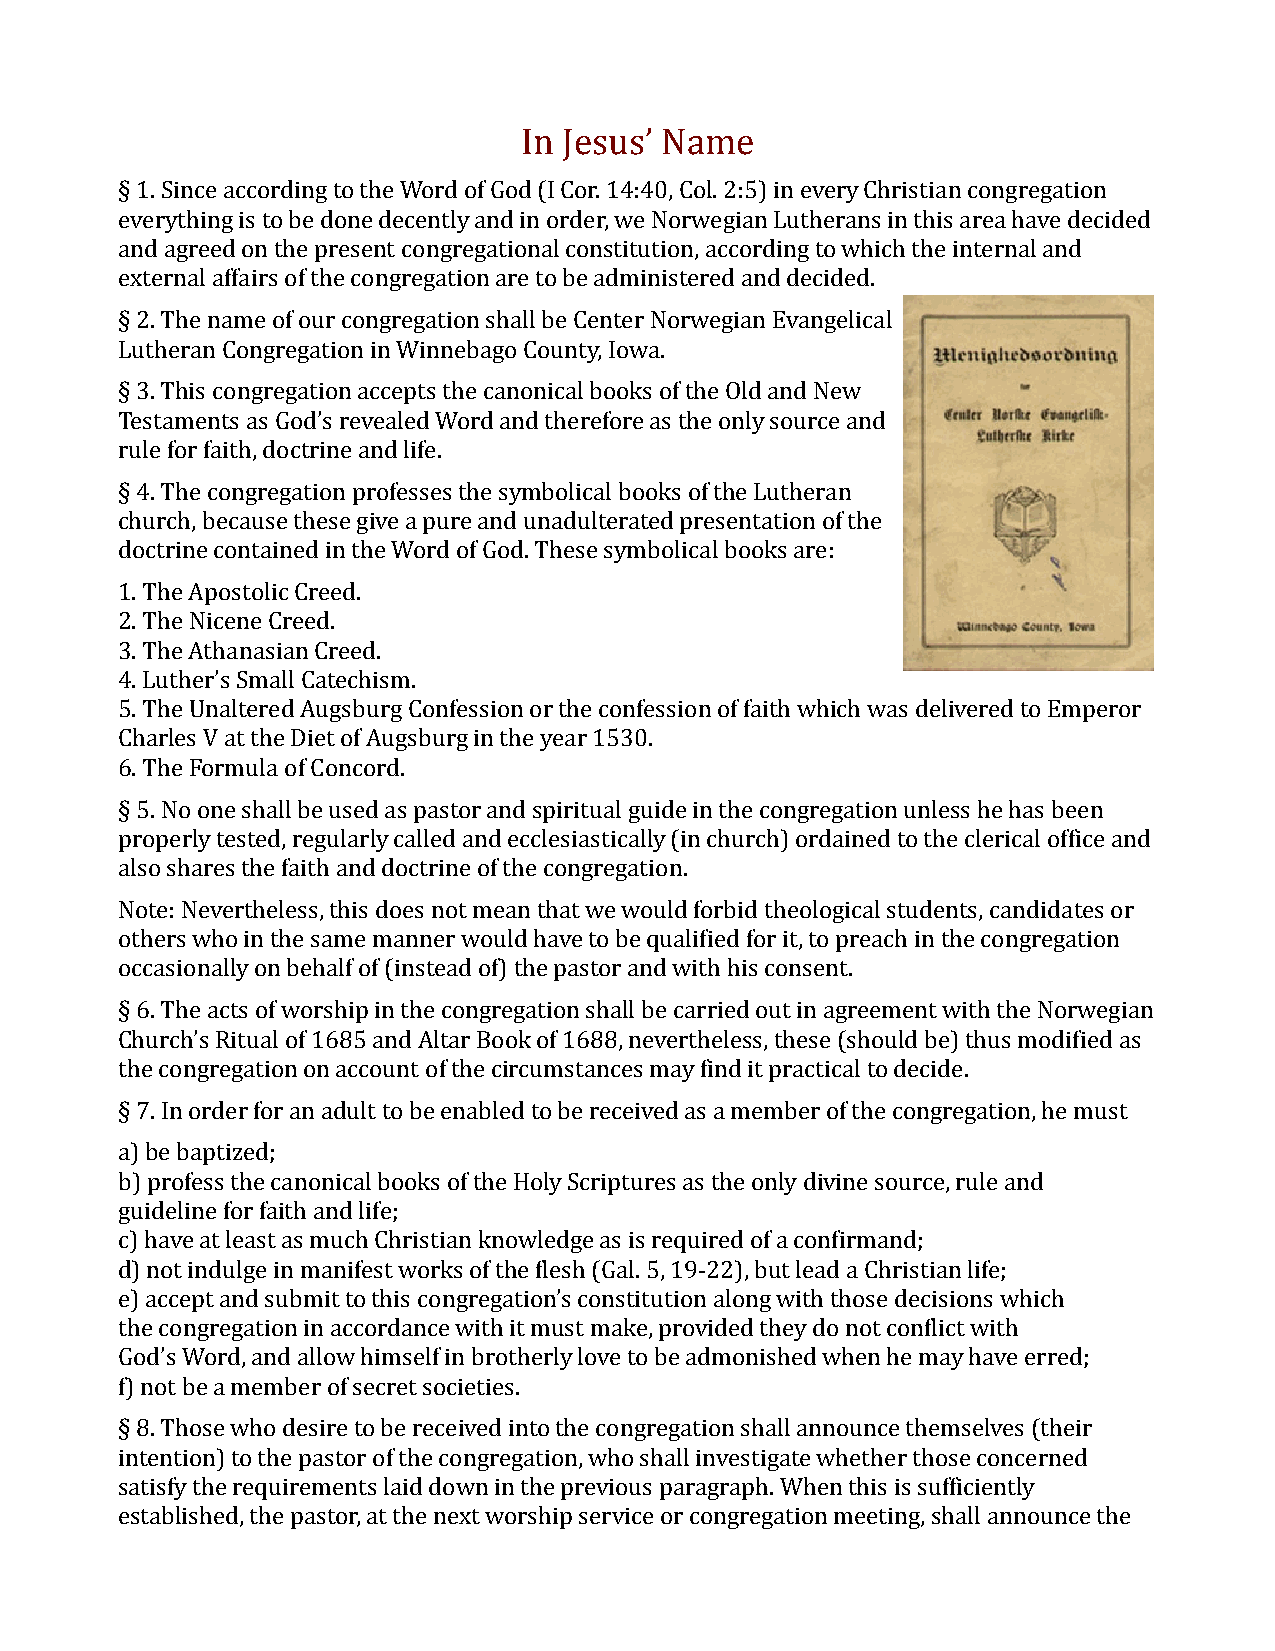
In Jesus’ Name
 § 1. Since according to the Word of God (I Cor. 14:40, Col. 2:5) in every Christian congregation
 everything is to be done decently and in order, we Norwegian Lutherans in this area have decided
 and agreed on the present congregational constitution, according to which the internal and
 external affairs of the congregation are to be administered and decided.
 § 2. The name of our congregation shall be Center Norwegian Evangelical
 Lutheran Congregation in Winnebago County, Iowa.
 § 3. This congregation accepts the canonical books of the Old and New
 Testaments as God’s revealed Word and therefore as the only source and
 rule for faith, doctrine and life.
 § 4. The congregation professes the symbolical books of the Lutheran
 church, because these give a pure and unadulterated presentation of the
 doctrine contained in the Word of God. These symbolical books are:
 1. The Apostolic Creed.
 2. The Nicene Creed.
 3. The Athanasian Creed.
 4. Luther’s Small Catechism.
 5. The Unaltered Augsburg Confession or the confession of faith which was delivered to Emperor
 Charles V at the Diet of Augsburg in the year 1530.
 6. The Formula of Concord.
 § 5. No one shall be used as pastor and spiritual guide in the congregation unless he has been
 properly tested, regularly called and ecclesiastically (in church) ordained to the clerical office and
 also shares the faith and doctrine of the congregation.
 Note: Nevertheless, this does not mean that we would forbid theological students, candidates or
 others who in the same manner would have to be qualified for it, to preach in the congregation
 occasionally on behalf of (instead of) the pastor and with his consent.
 § 6. The acts of worship in the congregation shall be carried out in agreement with the Norwegian
 Church’s Ritual of 1685 and Altar Book of 1688, nevertheless, these (should be) thus modified as
 the congregation on account of the circumstances may find it practical to decide.
 § 7. In order for an adult to be enabled to be received as a member of the congregation, he must
 a) be baptized;
 b) profess the canonical books of the Holy Scriptures as the only divine source, rule and
 guideline for faith and life;
 c) have at least as much Christian knowledge as is required of a confirmand;
 d) not indulge in manifest works of the flesh (Gal. 5, 19-22), but lead a Christian life;
 e) accept and submit to this congregation’s constitution along with those decisions which
 the congregation in accordance with it must make, provided they do not conflict with
 God’s Word, and allow himself in brotherly love to be admonished when he may have erred;
 f) not be a member of secret societies.
 § 8. Those who desire to be received into the congregation shall announce themselves (their
 intention) to the pastor of the congregation, who shall investigate whether those concerned
 satisfy the requirements laid down in the previous paragraph. When this is sufficiently
 established, the pastor, at the next worship service or congregation meeting, shall announce the